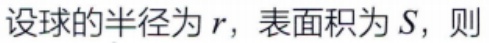
设球的半径为\(r\)，表面积为\(S\)，则